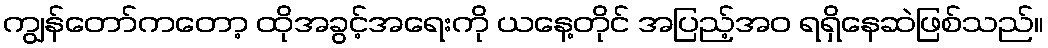
ကျွန်တော်ကတော့ ထိုအခွင့်အရေးကို ယနေ့တိုင် အပြည့်အဝ ရရှိနေဆဲဖြစ်သည်။